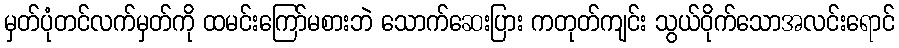
မှတ်ပုံတင်လက်မှတ်ကို ထမင်းကြော်မစားဘဲ သောက်ဆေးပြား ကတုတ်ကျင်း သွယ်ဝိုက်သောအလင်းရောင်